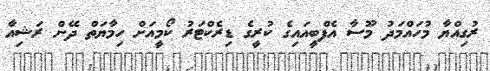
ރުގިއްޔާ މުހައްމަދު މޫސާ އެފްބީއައިގެ ކުރީގެ ޑިރެކްޓަރު ކޯމީއަށް ހިމާޔަތް ދޭން ރަޝިއާ